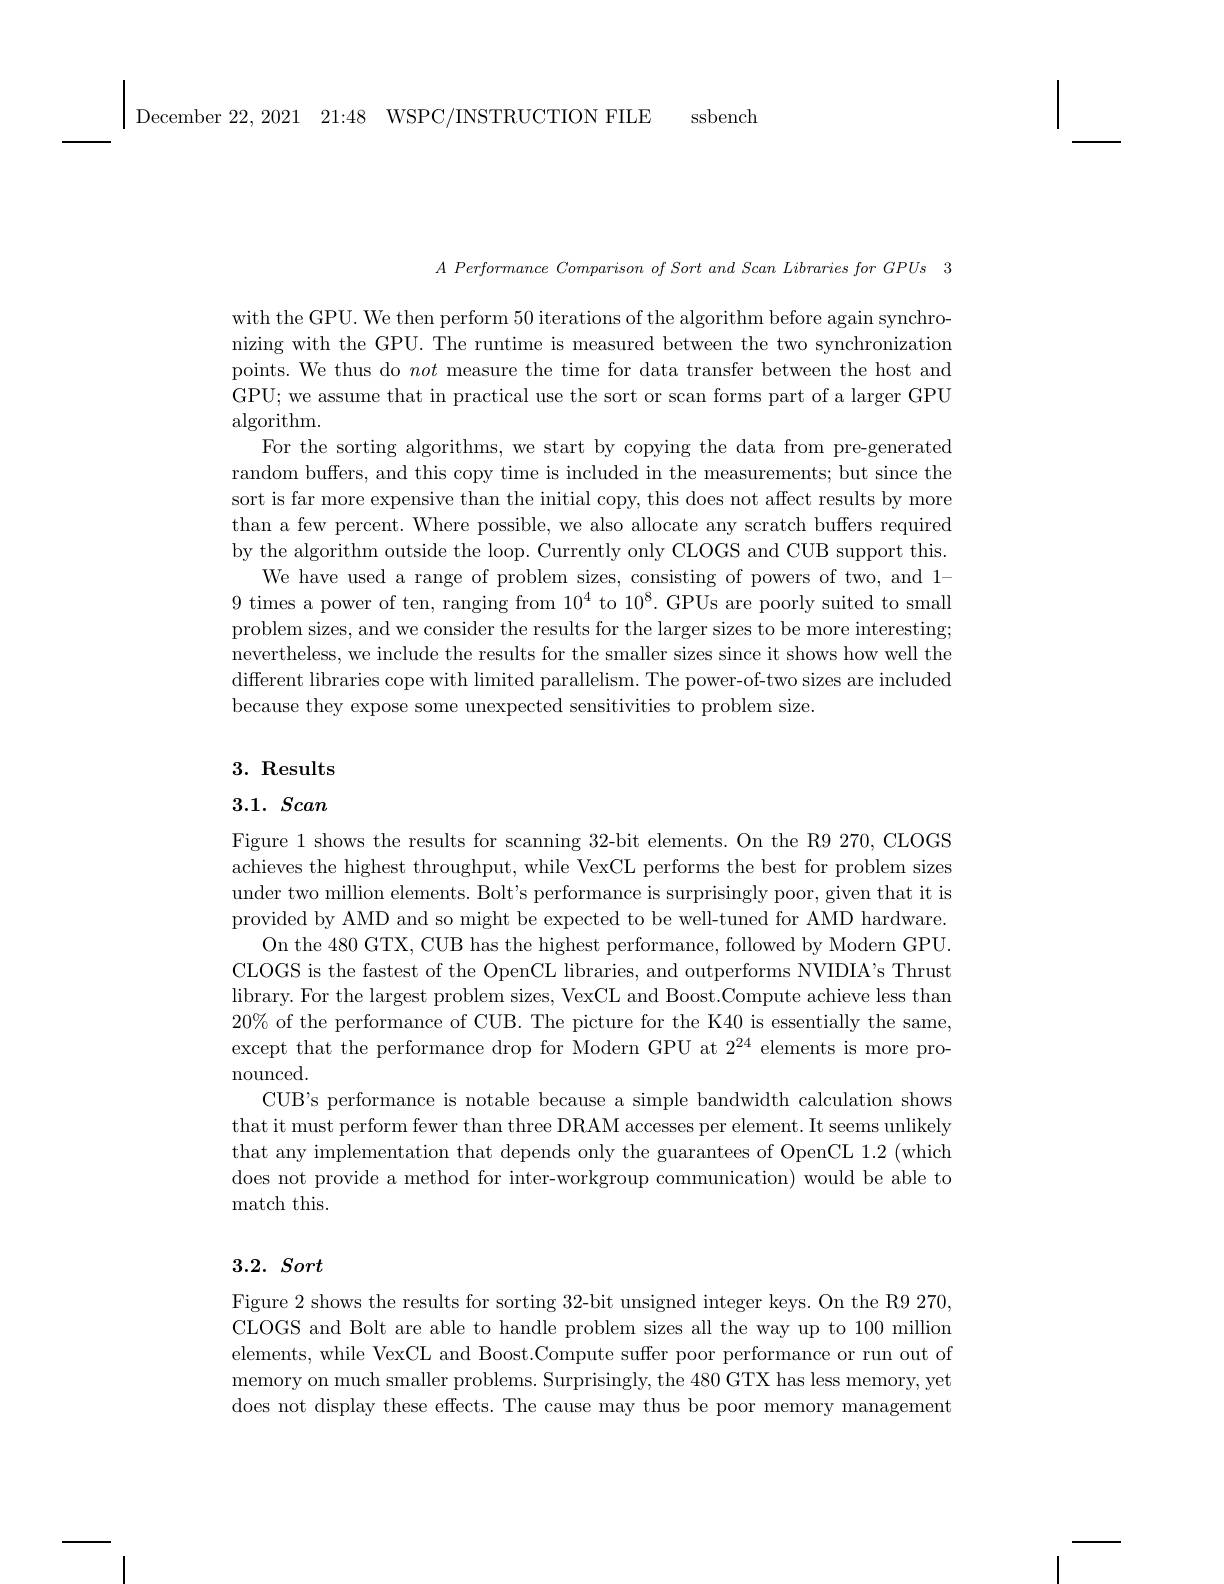
$\left|\mathrm{~December~22,~2021~21:48~WSPC/INSTRUCTION~FILE}\right|$

ssbench

$A~Performance~Comparison~of~Sort~and~Scan~Libraries~for~GPUs~3$

with the GPU. We then perform 50 iterations of the algorithm before again synchronizing with the GPU. The runtime is measured between the two synchronization points. We thus do not measure the time for data transfer between the host and GPU; we assume that in practical use the sort or scan forms part of a larger GPU algorithm.
For the sorting algorithms, we start by copying the data from pre-generated random buffers, and this copy time is included in the measurements; but since the sort is far more expensive than the initial copy, this does not affect results by more than a few percent. Where possible, we also allocate any scratch buffers required by the algorithm outside the loop. Currently only CLOGS and CUB support this.
We have used a range of problem sizes, consisting of powers of two, and 1- 9 times a power of ten, ranging from $10^4$ to $10^8.$ GPUs are poorly suited to small problem sizes, and we consider the results for the larger sizes to be more interesting; nevertheless, we include the results for the smaller sizes since it shows how well the different libraries cope with limited parallelism. The power- of- two sizes are included because they expose some unexpected sensitivities to problem size.

### $3. \textbf{ Results}$

### 3.1. Scan

Figure 1 shows the results for scanning 32-bit elements. On the R9 270, CLOGS achieves the highest throughput, while VexCL performs the best for problem sizes under two million elements. Bolt's performance is surprisingly poor, given that it is provided by AMD and so might be expected to be well-tuned for AMD hardware.
On the 480 GTX, CUB has the highest performance, followed by Modern GPU. CLOGS is the fastest of the OpenCL libraries, and outperforms NVIDIA's Thrust library. For the largest problem sizes, VexCL and Boost.Compute achieve less than $20\%$ of the performance of CUB. The picture for the K40 is essentially the same, except that the performance drop for Modern GPU at 2$^{24}$ elements is more pronounced.
CUB's performance is notable because a simple bandwidth calculation shows that it must perform fewer than three DRAM accesses per element. It seems unlikely that any implementation that depends only the guarantees of OpenCL 1.2 (which does not provide a method for inter-workgroup communication) would be able to match this.

### $3. 2. \textit{ Sort}$

Figure 2 shows the results for sorting 32-bit unsigned integer keys. On the R9 270, CLOGS and Bolt are able to handle problem sizes all the way up to 100 million elements, while VexCL and Boost.Compute suffer poor performance or run out of memory on much smaller problems. Surprisingly, the 480 GTX has less memory, yet does not display these effects. The cause may thus be poor memory management